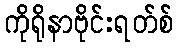
ကိုရိုနာဗိုင်းရတ်စ်